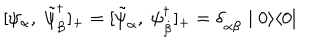
[ \psi _ { { \dot { \alpha } } } , \; \tilde { \psi } _ { { \dot { \beta } } } ^ { \dagger } ] _ { + } = [ \tilde { \psi } _ { { \dot { \alpha } } } , \; \psi _ { { \dot { \beta } } } ^ { \dagger } ] _ { + } = \delta _ { \dot { \alpha } \dot { \beta } } \mid 0 \rangle \langle 0 \mid